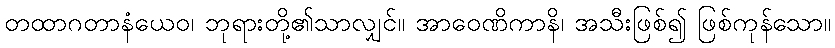
တထာဂတာနံယေဝ၊ ဘုရားတို့၏သာလျှင်။ အာဝေဏိကာနိ၊ အသီးဖြစ်၍ ဖြစ်ကုန်သော။